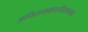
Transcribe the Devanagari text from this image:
अयिरामकालीयाम्मन